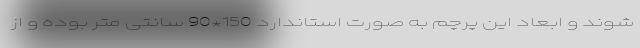
شوند و ابعاد این پرچم به صورت استاندارد 150*90 سانتی متر بوده و از